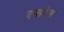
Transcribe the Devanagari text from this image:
एप्सटेन